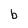
Character: b